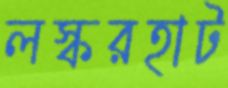
লস্করহাট